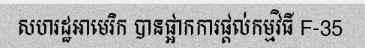
សហរដ្ឋអាមេរិក បានផ្អាកការផ្តល់កម្មវិធី F-35